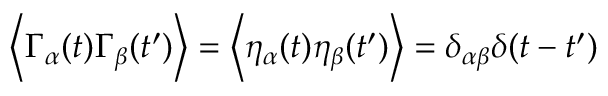
\left\langle \Gamma _ { \alpha } ( t ) \Gamma _ { \beta } ( t ^ { \prime } ) \right\rangle = \left\langle \eta _ { \alpha } ( t ) \eta _ { \beta } ( t ^ { \prime } ) \right\rangle = \delta _ { \alpha \beta } \delta ( t - t ^ { \prime } )